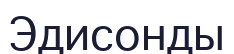
Эдисонды